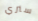
سنري